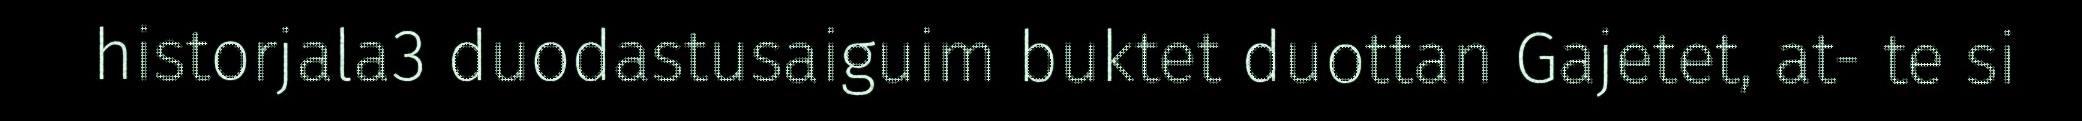
historjala3 duodastusaiguim buktet duottan Gajetet, at- te si